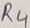
Text: R4